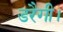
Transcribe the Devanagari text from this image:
डरैगी।